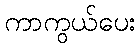
ကာကွယ်ပေး